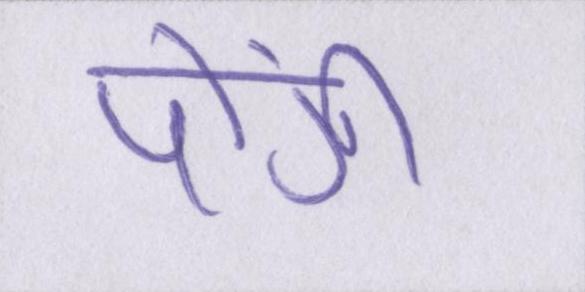
पोंगी